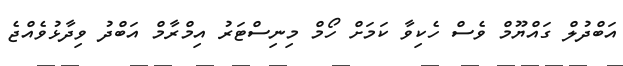
އަބްދުލް ގައްޔޫމް ވެސް ހެކިވާ ކަމަށް ހޯމް މިނިސްޓަރު އިމްރާމް އަބްދު ވިދާޅުވެއްޖެ